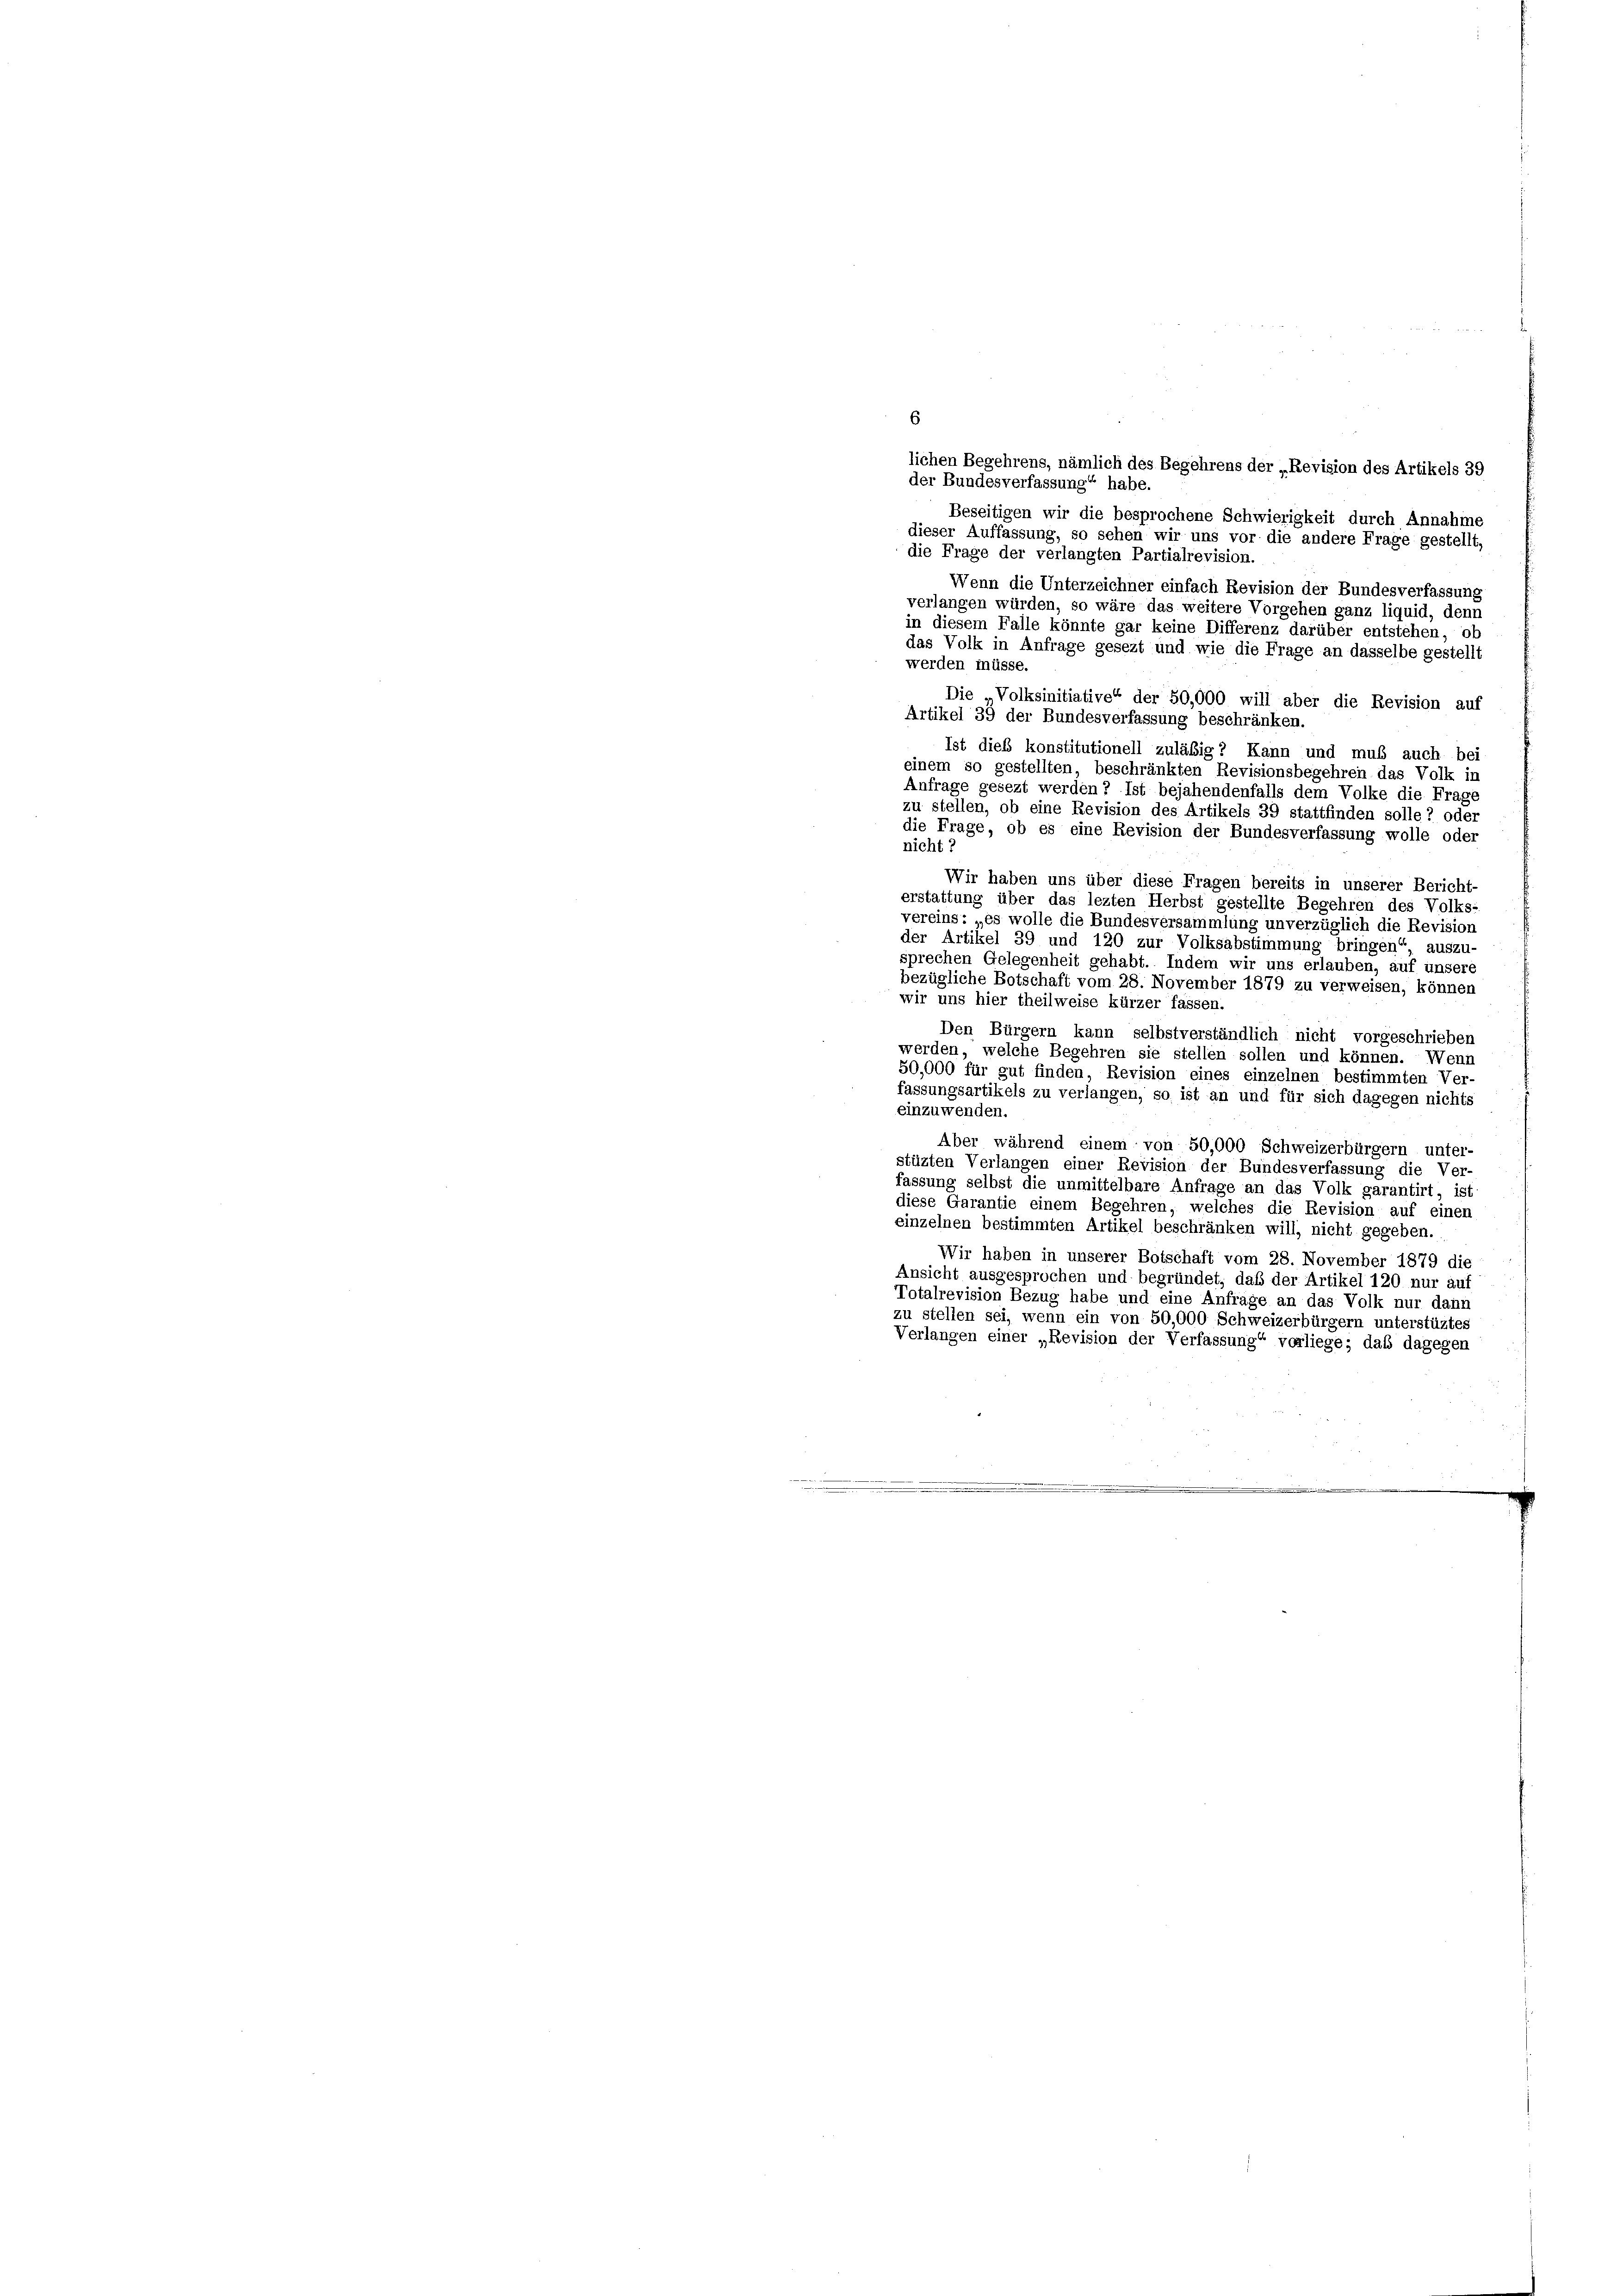
6
lichen Begehrens, nämlich des Begehrens der „Revision des Artikels 39
der Bundesverfassung“ habe.
Beseitigen wir die besprochene Schwierigkeit durch Annahme
dieser Auffassung, so sehen wir uns vor die andere Frage gestellt,
die Frage der verlangten Partialrevision.
Wenn die Unterzeichner einfach Revision der Bundesverfassung
verlangen würden, so wäre das weitere Vorgehen ganz liquid, denn
in diesem Falle könnte gar keine Differenz darüber entstehen, ob
das Volk in Anfrage gesezt und wie die Frage an dasselbe gestellt
werden müsse.
Die „Volksinitiative“ der 50,000 will aber die Revision auf
Artikel 39 der Bundesverfassung beschränken.
Ist dies konstitutionell zuläbig? Kann und muß auch bei
einem so gestellten, beschränkten Revisionsbegehren das Volk in
Anfrage gesezt werden? Ist bejahendenfalls dem Volke die Frage
zu stellen, ob eine Revision des Artikels 39 stattfinden solle? oder
die Frage, ob es eine Revision der Bundesverfassung wolle oder
nicht?
Wir haben uns über diese Fragen bereits in unserer Bericht-
erstattung über das lezten Herbst gestellte Begehren des Volks-
vereins: es wolle die Bundesversammlung unverzüglich die Revision
der Artikel 39 und 120 zur Volksabstimmung bringen“, auszu-
sprechen Gelegenheit gehabt. Indem wir uns erlauben, auf unsere
bezügliche Botschaft vom 28. November 1879 zu verweisen, könner
wir uns hier theilweise kürzer fassen.
Den Bürgern kann selbstverständlich nicht vorgeschrieben
werden, welche Begehren sie stellen sollen und können. Wenn
50,000 für gut finden, Revision eines einzelnen bestimmten Ver-
fassungsartikels zu verlangen, so ist an und für sich dagegen nichts
einzuwenden.
Aber während einem von 50,000 Schweizerbürgern unter-
stüzten Verlangen einer Revision der Bundesverfassung die Ver-
fassung selbst die unmittelbare Anfrage an das Volk garantirt, ist
diese Garantie einem Begehren, welches die Revision auf einen
einzelnen bestimmten Artikel beschränken will, nicht gegeben.
Wir haben in unserer Botschaft vom 28. November 1879 die
Ansicht ausgesprochen und begründet, daß der Artikel 120 nur auf
Totalrevision Bezug habe und eine Anfrage an das Volk nur dann
zu stellen sei, wenn ein von 50,000 Schweizerbürgern unterstüztes
Verlangen einer „Revision der Verfassung“ vorliege; daß dagegen